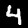
Label: 4